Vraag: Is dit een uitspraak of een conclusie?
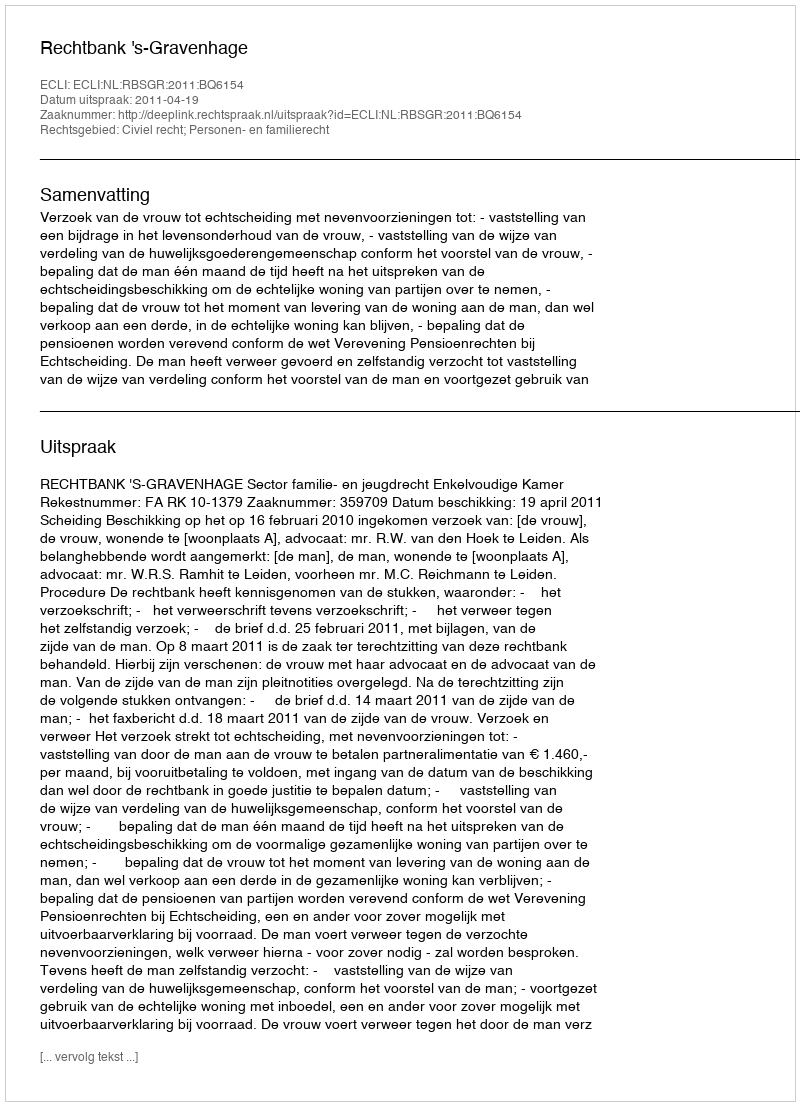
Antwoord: Uitspraak